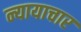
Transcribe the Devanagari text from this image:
न्यायाचार